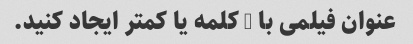
عنوان فیلمی با 5 کلمه یا کمتر ایجاد کنید.